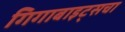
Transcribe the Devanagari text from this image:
गिगाबाइट्सचा